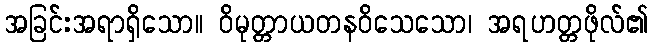
အခြင်းအရာရှိသော။ ဝိမုတ္တာယတနဝိသေသော၊ အရဟတ္တဖိုလ်၏